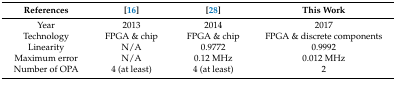
| References | [16] | [28] | This Work |
 | --- | --- | --- | --- |
 | Year | 2013 | 2014 | 2017 |
 | Technology | FPGA & chip | FPGA & chip | FPGA & discrete components |
 | Linearity | N/A | 0.9772 | 0.9992 |
 | Maximum error | N/A | 0.12 MHz | 0.012 MHz |
 | Number of OPA | 4 (at least) | 4 (at least) | 2 |